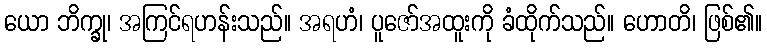
ယော ဘိက္ခု၊ အကြင်ရဟန်းသည်။ အရဟံ၊ ပူဇော်အထူးကို ခံထိုက်သည်။ ဟောတိ၊ ဖြစ်၏။